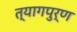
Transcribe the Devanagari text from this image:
त्यागपुर्ण